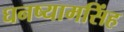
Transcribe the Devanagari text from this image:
घनष्यामसिंह